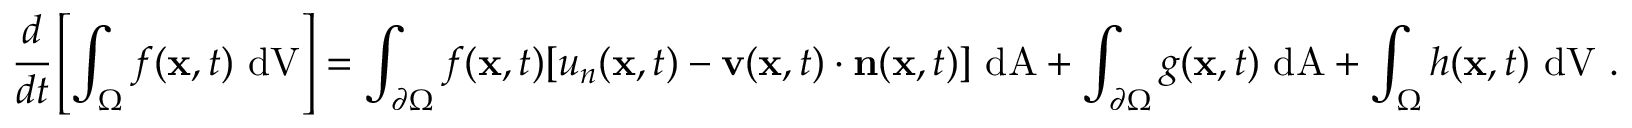
{ \cfrac { d } { d t } } \left[ \int _ { \Omega } f ( \mathbf { x } , t ) ~ { \mathrm { d V } } \right] = \int _ { \partial \Omega } f ( \mathbf { x } , t ) [ u _ { n } ( \mathbf { x } , t ) - \mathbf { v } ( \mathbf { x } , t ) \cdot \mathbf { n } ( \mathbf { x } , t ) ] ~ { \mathrm { d A } } + \int _ { \partial \Omega } g ( \mathbf { x } , t ) ~ { \mathrm { d A } } + \int _ { \Omega } h ( \mathbf { x } , t ) ~ { \mathrm { d V } } ~ .